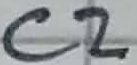
Text: C2